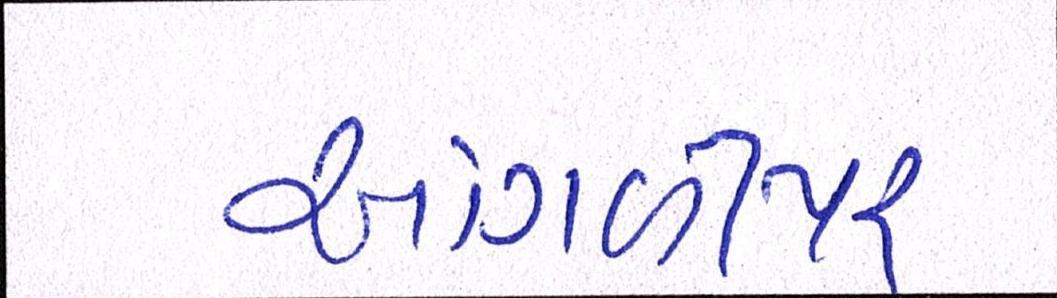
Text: આંગળીપર